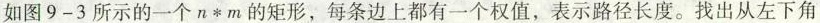
如图9-3所示的一个n*m的矩形，每条边上都有一个权值，表示路径长度。找出从左下角